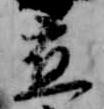
応